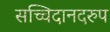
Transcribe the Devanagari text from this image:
सच्चिदानदरुप